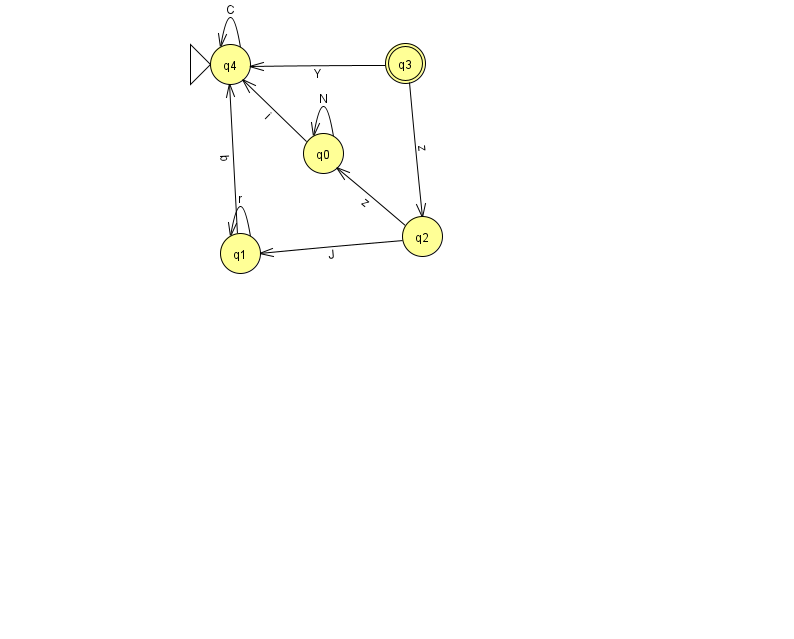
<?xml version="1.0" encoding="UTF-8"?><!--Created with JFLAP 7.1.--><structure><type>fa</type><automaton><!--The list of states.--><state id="0" name="q0"><x>323.0</x><y>140.0</y></state><state id="1" name="q1"><x>240.0</x><y>240.0</y></state><state id="2" name="q2"><x>422.0</x><y>223.0</y></state><state id="3" name="q3"><x>405.0</x><y>50.0</y><final/></state><state id="4" name="q4"><x>230.0</x><y>51.0</y><initial/></state><!--The list of transitions.--><transition><from>1</from><to>1</to><read>r</read></transition><transition><from>0</from><to>4</to><read>i</read></transition><transition><from>4</from><to>4</to><read>C</read></transition><transition><from>3</from><to>4</to><read>Y</read></transition><transition><from>2</from><to>1</to><read>J</read></transition><transition><from>1</from><to>4</to><read>b</read></transition><transition><from>2</from><to>0</to><read>z</read></transition><transition><from>3</from><to>2</to><read>z</read></transition><transition><from>0</from><to>0</to><read>N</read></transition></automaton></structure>